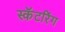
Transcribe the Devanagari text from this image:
स्कॅटरिंग